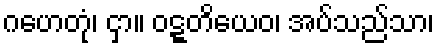
ဂဟေတုံ၊ ငှာ။ ဝဋ္ဋတိယေဝ၊ အပ်သည်သာ၊